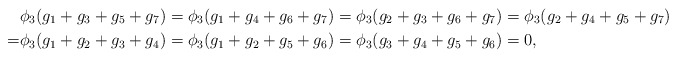
\begin{align*}&\phi_3(g_1+g_3+g_5+g_7)=\phi_3(g_1+g_4+g_6+g_7)=\phi_3(g_2+g_3+g_6+g_7)=\phi_3(g_2+g_4+g_5+g_7)\\=&\phi_3(g_1+g_2+g_3+g_4)=\phi_3(g_1+g_2+g_5+g_6)=\phi_3(g_3+g_4+g_5+g_6)=0,\end{align*}